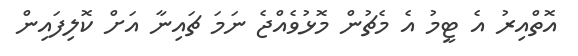
އޮތްއިރު އެ ޓީމު އެ މެޗުން މޮޅުވެއްޖެ ނަމަ ޗައިނާ އަށް ކޮލިފައިން